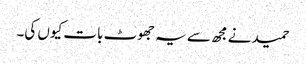
حمید نے مجھ سے یہ جھوٹ بات کیوں کی۔